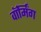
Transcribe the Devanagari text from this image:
वाॅर्मिंग